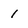
Character: 1